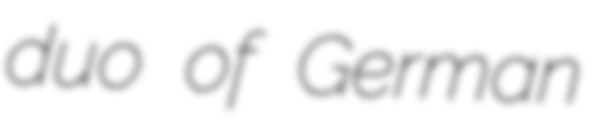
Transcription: duo of German